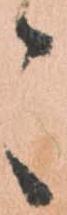
々